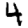
Digit: 4